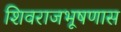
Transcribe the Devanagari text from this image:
शिवराजभूषणास